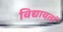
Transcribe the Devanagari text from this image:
विद्यावतां